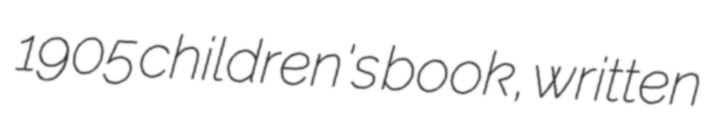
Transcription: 1905 children's book, written